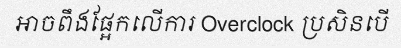
អាចពឹងផ្អែកលើការ Overclock ប្រសិនបើ